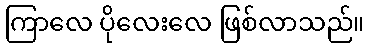
ကြာလေ ပိုလေးလေ ဖြစ်လာသည်။